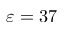
\varepsilon = 3 7